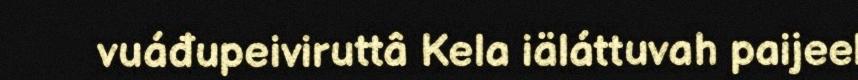
vuáđupeiviruttâ Kela iäláttuvah paijeel